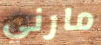
مارني